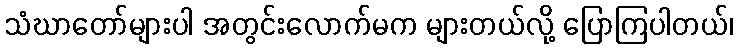
သံဃာတော်များပါ အတွင်းလောက်မက များတယ်လို့ ပြောကြပါတယ်၊